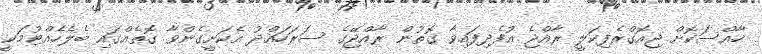
ހާއްސަކޮށް ޖިއޮގްރެފިކަލީ ރާއްޖެ އުފެދިފައިވާ ގޮތުން ރާއްޖޭގެ ސަރަހައްދު އެކަށީގެންވާ ގޮތެއްގައި ބެލެހެއްޓުމަކީ